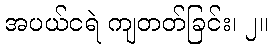
အပယ်ငရဲ ကျတတ်ခြင်း၊ ၂။